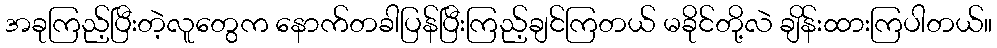
အခုကြည့်ပြီးတဲ့လူတွေက နောက်တခါပြန်ပြီးကြည့်ချင်ကြတယ် မခိုင်တို့လဲ ချိန်းထားကြပါတယ်။